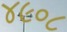
૪૯૦૮